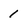
Character: 1